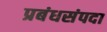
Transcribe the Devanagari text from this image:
प्रबंधसंपदा